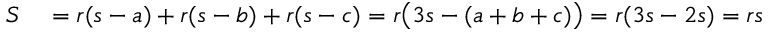
\begin{array} { r l } { S } & { { } = r ( s - a ) + r ( s - b ) + r ( s - c ) = r { \bigl ( } 3 s - ( a + b + c ) { \bigr ) } = r ( 3 s - 2 s ) = r s } \end{array}